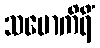
သမောကိရိံ